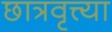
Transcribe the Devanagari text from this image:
छात्रवृत्त्या